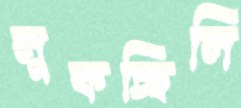
লুকচ্ছিলি